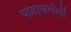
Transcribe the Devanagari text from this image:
पोहोचलेली